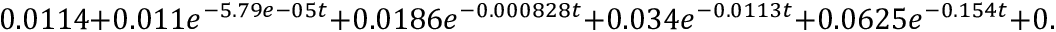
0 . 0 1 1 4 + 0 . 0 1 1 e ^ { - 5 . 7 9 e - 0 5 t } + 0 . 0 1 8 6 e ^ { - 0 . 0 0 0 8 2 8 t } + 0 . 0 3 4 e ^ { - 0 . 0 1 1 3 t } + 0 . 0 6 2 5 e ^ { - 0 . 1 5 4 t } + 0 . 1 1 5 e ^ { - 2 . 0 9 t } + 0 . 2 1 3 e ^ { - 2 8 . 2 t } + 0 . 5 3 4 e ^ { - 4 4 5 t }